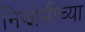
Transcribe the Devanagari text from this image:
निझामीच्या